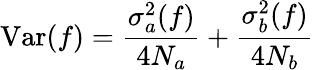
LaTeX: \mathrm{Var}(f)={\frac{\sigma_{a}^{2}(f)}{4N_{a}}}+{\frac{\sigma_{b}^{2}(f)}{4N_{b}}}